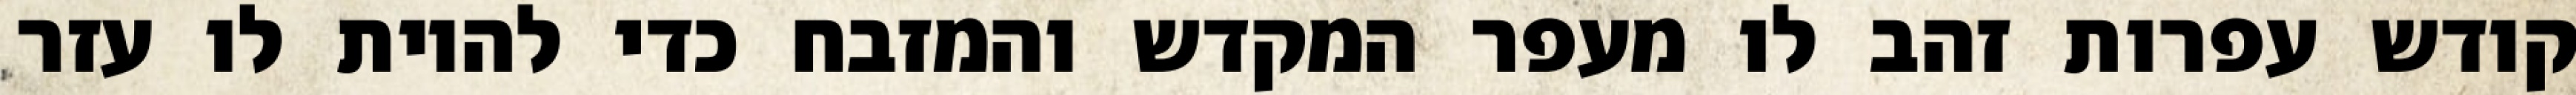
קודש עפרות זהב לו מעפר המקדש והמזבח כדי להיות לו עזר